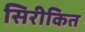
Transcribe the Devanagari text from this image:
सिरीकित